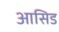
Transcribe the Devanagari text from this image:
आसिड